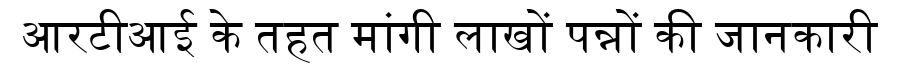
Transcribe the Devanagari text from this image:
आरटीआई के तहत मांगी लाखों पन्नों की जानकारी